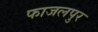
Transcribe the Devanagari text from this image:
फाजलपुर